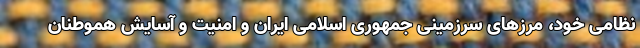
نظامی خود، مرزهای سرزمینی جمهوری اسلامی ایران و امنیت و آسایش هموطنان